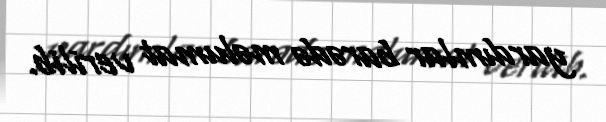
yardımlar barədə məlumat verilib.